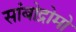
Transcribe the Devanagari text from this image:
सांबोद्रोमो